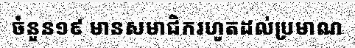
ចំនួន១៩ មានសមាជិករហូតដល់ប្រមាណ